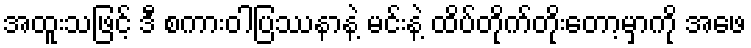
အထူးသဖြင့် ဒီ စကားဝါပြဿနာနဲ့ မင်းနဲ့ ထိပ်တိုက်တိုးတော့မှာကို အဖေ